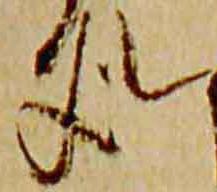
処